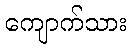
ကျောက်သား